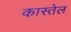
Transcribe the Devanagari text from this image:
कास्तेल